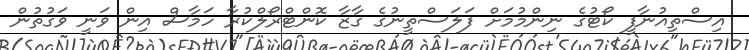
އިސްތިއުނާފީ ކޯޓުގެ ނިންމުމަށް ފަލަސްތީނުގެ ގާޒާ ކޮންޓްރޯލްކުރާ ހަމާސް އިން ވަނީ ވަގުތުން